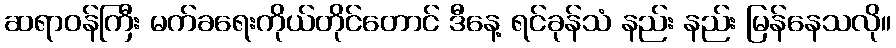
ဆရာဝန်ကြီး မက်ခရေးကိုယ်တိုင်တောင် ဒီနေ့ ရင်ခုန်သံ နည်း နည်း မြန်နေသလို။